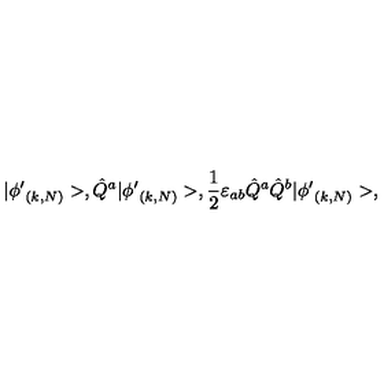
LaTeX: | { \phi ^ { \prime } } _ { ( k , N ) } > , \hat { Q } ^ { a } | { \phi ^ { \prime } } _ { ( k , N ) } > , \frac { 1 } { 2 } \varepsilon _ { a b } \hat { Q } ^ { a } \hat { Q } ^ { b } | { \phi ^ { \prime } } _ { ( k , N ) } > ,